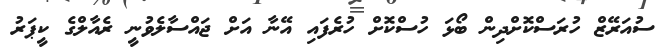
ސުއަރޭޒް ހުރަސްކޮށްދިން ބޯޅަ ހުސްކޮށް ހުރެފައި އޭނާ އަށް ޖައްސާލެވުނީ ރެއާލްގެ ކީޕަރު